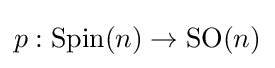
p:\operatorname {Spin} (n)\rightarrow \operatorname {SO} (n)